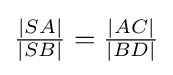
{\tfrac {|SA|}{|SB|}}={\tfrac {|AC|}{|BD|}}